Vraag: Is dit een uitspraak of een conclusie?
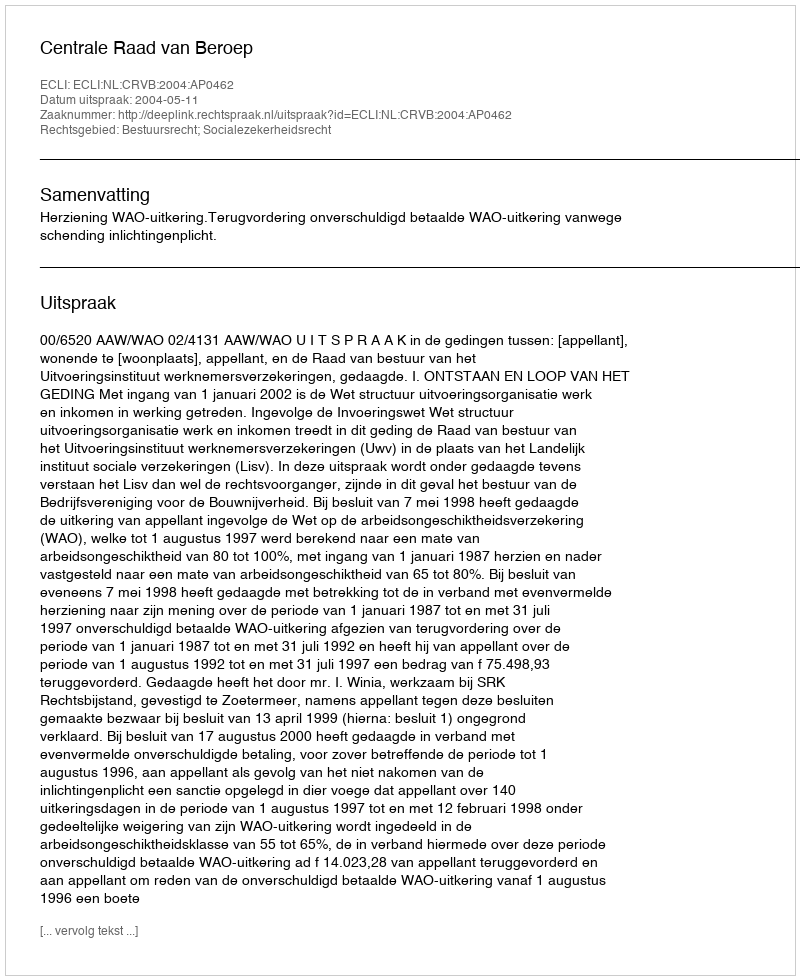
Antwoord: Uitspraak